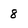
Character: 8